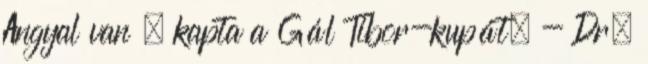
Angyal van – kapta a Gál Tibor-kupát. - Dr.